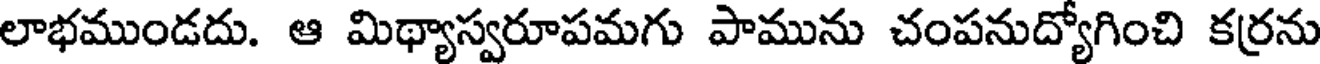
లాభముండదు. ఆ మిథ్యాస్వరూపమగు పామును చంపనుద్యోగించి కర్రను